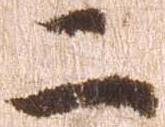
二